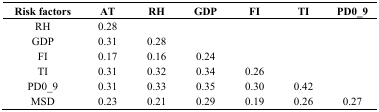
| Risk factors | AT | RH | GDP | FI | TI | PD0_9 |
 | --- | --- | --- | --- | --- | --- | --- |
 | RH | 0.28 |  |  |  |  |  |
 | GDP | 0.31 | 0.28 |  |  |  |  |
 | FI | 0.17 | 0.16 | 0.24 |  |  |  |
 | TI | 0.31 | 0.32 | 0.34 | 0.26 |  |  |
 | PD0_9 | 0.31 | 0.33 | 0.35 | 0.30 | 0.42 |  |
 | MSD | 0.23 | 0.21 | 0.29 | 0.19 | 0.26 | 0.27 |